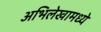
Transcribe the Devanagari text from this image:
अभिलेखामध्ये